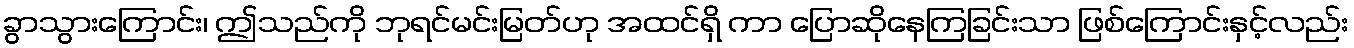
ခွာသွားကြောင်း၊ ဤသည်ကို ဘုရင်မင်းမြတ်ဟု အထင်ရှိ ကာ ပြောဆိုနေကြခြင်းသာ ဖြစ်ကြောင်းနှင့်လည်း